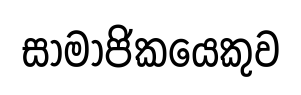
සාමාජිකයෙකුව